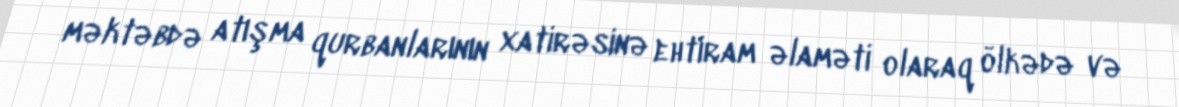
məktəbdə atışma qurbanlarının xatirəsinə ehtiram əlaməti olaraq ölkədə və